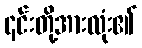
၎င်းတို့အားလုံး၏